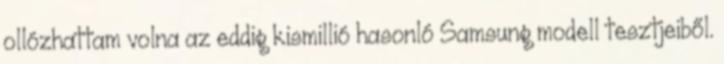
ollózhattam volna az eddig kismillió hasonló Samsung modell tesztjeiből.